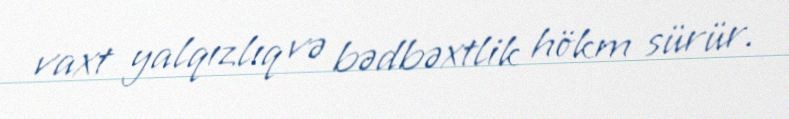
vaxt yalqızlıq və bədbəxtlik hökm sürür.